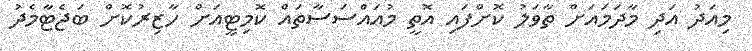
މިއަދު އަދި މާދަމައަށް ތާވަލު ކޮށްފައި އޮތީ މުއައްސަސާތައް ކޮމިޓީއަށް ހާޒިރުކޮށް ބަޖެޓާމެދު